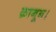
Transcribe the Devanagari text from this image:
क़ानून।